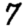
Digit: 7